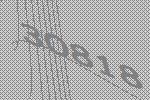
30818